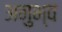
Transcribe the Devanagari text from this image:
अनुभ्व